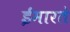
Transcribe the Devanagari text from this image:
ईमारते